Document type: Grant
Year: 1310
Scribe: [Unknown]
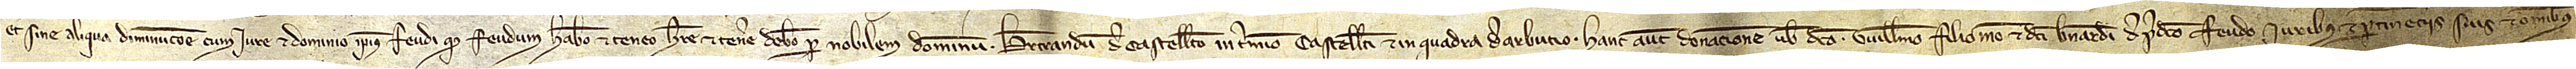
et sine aliqua diminucione, cum iure et dominio ipsius feudi. Quod feudum habeo et teneo, habere et tenere debeo per nobilem dominum Bertrandum de Castelleto in termino Castelleti et in quadra de Arbucio. Hanc autem donacionem vobis dicto Guillelmo, filio meo et dicti Bernardi, de predicto feudo, iuribus et pertinenciis suis et omnibus